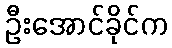
ဦးအောင်ခိုင်က